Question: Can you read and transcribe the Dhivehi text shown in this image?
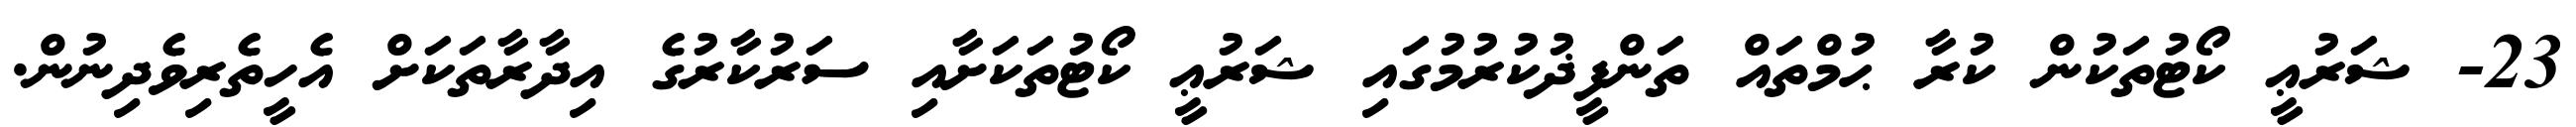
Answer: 23- ޝަރުޢީ ކޯޓުތަކުން ކުރާ ޙުމްތައް ތަންފީޛުކުރުމުގައި ޝަރުޢީ ކޯޓުތަކަށާއި ސަރުކާރުގެ އިދާރާތަކަށް އެހީތެރިވެދިނުން.